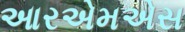
આરએમએસ